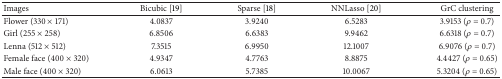
| Images | Bicubic [19] | Sparse [18] | NNLasso [20] | GrC clustering |
 | --- | --- | --- | --- | --- |
 | Flower (330 × 171) | 4.0837 | 3.9240 | 6.5283 | 3.9153 (ρ = 0.7) |
 | Girl (255 × 258) | 6.8506 | 6.6383 | 9.9462 | 6.6318 (ρ = 0.7) |
 | Lenna (512 × 512) | 7.3515 | 6.9950 | 12.1007 | 6.9076 (ρ = 0.7) |
 | Female face (400 × 320) | 4.9347 | 4.7763 | 8.8875 | 4.4427 (ρ = 0.65) |
 | Male face (400 × 320) | 6.0613 | 5.7385 | 10.0067 | 5.3204 (ρ = 0.65) |